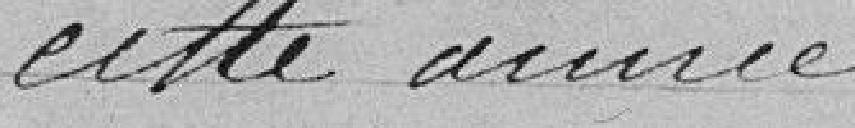
cette année.